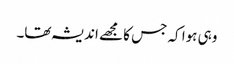
وہی ہوا کہ جس کا مجھے اندیشہ تھا۔